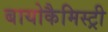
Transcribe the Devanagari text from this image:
बायोकैमिस्ट्री